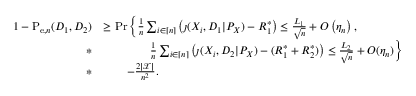
\begin{array} { r l } { 1 - \mathrm { P } _ { \mathrm { e } , n } ( D _ { 1 } , D _ { 2 } ) } & { \geq \operatorname* { P r } \bigg \{ \frac { 1 } { n } \sum _ { i \in [ n ] } \left( \jmath ( X _ { i } , D _ { 1 } | P _ { X } ) - R _ { 1 } ^ { * } \right) \leq \frac { L _ { 1 } } { \sqrt { n } } + O \left( \eta _ { n } \right) , } \\ { * } & { \qquad \qquad \frac { 1 } { n } \sum _ { i \in [ n ] } \left( \jmath ( X _ { i } , D _ { 2 } | P _ { X } ) - ( R _ { 1 } ^ { * } + R _ { 2 } ^ { * } ) \right) \leq \frac { L _ { 2 } } { \sqrt { n } } + O ( \eta _ { n } ) \bigg \} } \\ { * } & { \qquad - \frac { 2 | \mathcal { X } | } { n ^ { 2 } } . } \end{array}